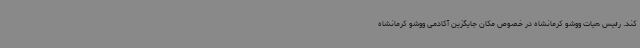
کند. رئیس هیات ووشو کرمانشاه در خصوص مکان جایگزین آکادمی ووشو کرمانشاه